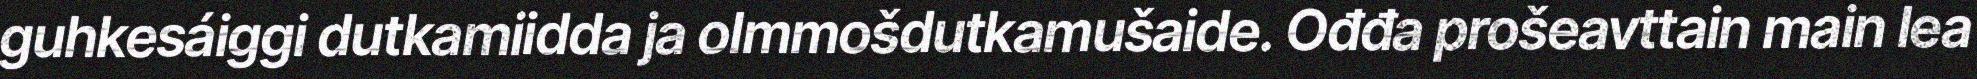
guhkesáiggi dutkamiidda ja olmmošdutkamušaide. Ođđa prošeavttain main lea